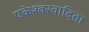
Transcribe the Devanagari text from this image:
एकेश्वरवादिता